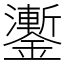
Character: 𨮜